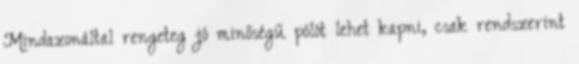
Mindazonáltal rengeteg jó minőségű pólót lehet kapni, csak rendszerint